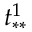
t _ { * * } ^ { 1 }